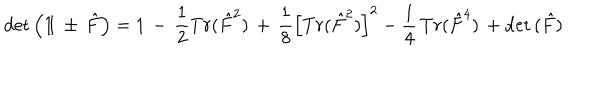
\mathrm { d e t } \left( 1 \! \! 1 \, \pm \, \hat { F } \right) = 1 \, - \, \frac { 1 } { 2 } T r ( \hat { F } ^ { 2 } ) \, + \, \frac { 1 } { 8 } \left[ T r ( \hat { F } ^ { 2 } ) \right] ^ { 2 } - \frac { 1 } { 4 } \, T r ( \hat { F } ^ { 4 } ) \, + \mathrm { d e t } \, ( \hat { F } )